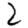
Digit: 2